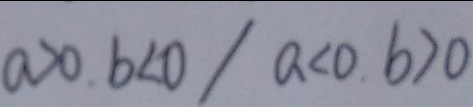
a > 0 . b < 0 / a < 0 . b > 0